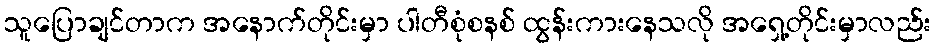
သူပြောချင်တာက အနောက်တိုင်းမှာ ပါတီစုံစနစ် ထွန်းကားနေသလို အရှေ့တိုင်းမှာလည်း